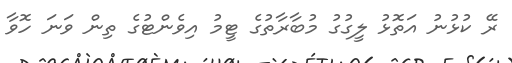
ރޭ ކުޅުނު އަތޮޅު ލީގުގު މުބާރާތުގެ ޓީމު އިވެންޓުގެ ތިން ވަނަ ހޮވާ